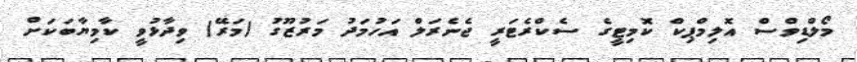
މޯލްޑިވްސް އޮލިމްޕިކް ކޮމިޓީގެ ސެކްރެޓަރީ ޖެނެރަލް އަހުމަދު މަރުޒޫގު (މަރޭ) ވިދާޅުވީ ކާމިޔާބަކަށް